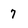
Character: 7